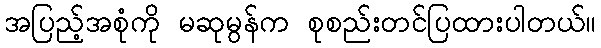
အပြည့်အစုံကို မဆုမွန်က စုစည်းတင်ပြထားပါတယ်။